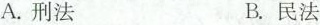
A.刑法 B.民法